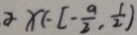
\alpha X E ( - \frac { a } { 2 } , \frac { 1 } { 2 } )